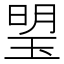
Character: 琞